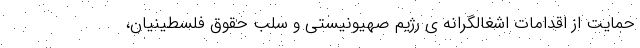
حمایت از اقدامات اشغالگرانه ی رژیم صهیونیستی و سلب حقوق فلسطینیان،